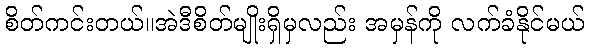
စိတ်ကင်းတယ်။အဲဒီစိတ်မျိုးရှိမှလည်း အမှန်ကို လက်ခံနိုင်မယ်